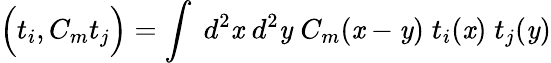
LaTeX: \Big(t_{i},C_{m}t_{j}\Big)=\int\; d^{2}\mathit{x}\; d^{2}\mathit{y}\; C_{m}(\mathit{x}-\mathit{y})\; t_{i}(\mathit{x})\; t_{j}(\mathit{y})